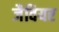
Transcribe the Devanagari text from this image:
जैवियर